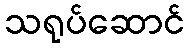
သရုပ်ဆောင်